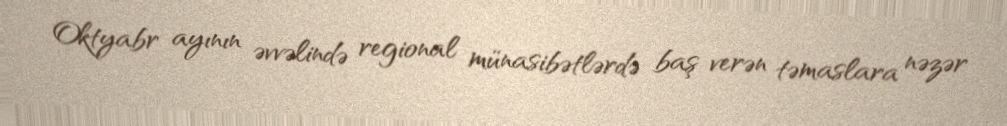
Oktyabr ayının əvvəlində regional münasibətlərdə baş verən təmaslara nəzər